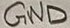
Text: GND